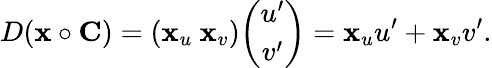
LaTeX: D(\mathbf{x}\circ\mathbf{C})=(\mathbf{x}_{u}\ \mathbf{x}_{v}){\binom{u^{\prime}}{v^{\prime}}}=\mathbf{x}_{u}u^{\prime}+\mathbf{x}_{v}v^{\prime}.